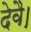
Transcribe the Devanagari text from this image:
देवै।